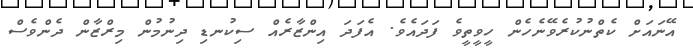
އޭނައަށް ކެތްނުކުރެވޭނެހެން ހީވީތީވެ ފަދައެވެ. އެފަދަ އިންޒާރެއް ސިކުނޑި ދިނުމުން މިރްޒާން ދެންވެސް